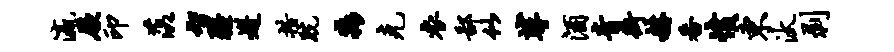
瀛厥印落智疆迸措跣淼克衣鄙似挲酒青街赫番愤东汰剥